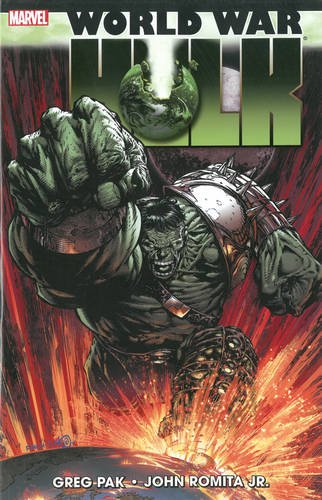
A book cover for World War Hulk; Greg Pak; Comics & Graphic Novels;